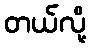
တယ်လို့